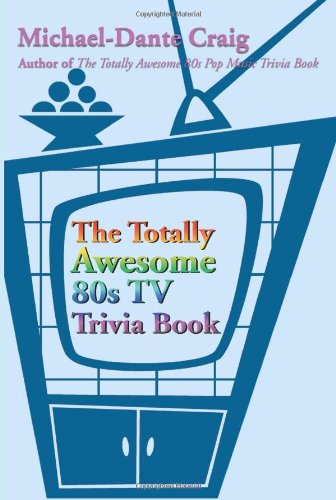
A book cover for The Totally Awesome 80s TV Trivia Book; Michael Craig; Humor & Entertainment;